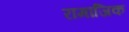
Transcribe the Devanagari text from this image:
रामाजिक